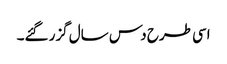
اسی طرح دس سال گزر گئے۔